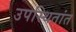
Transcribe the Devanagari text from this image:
उपस्थितांत